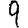
Digit: 9